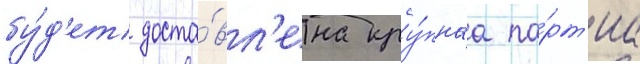
бу́д'ет доста́вл'ена кру́пнаа па́рт'иа